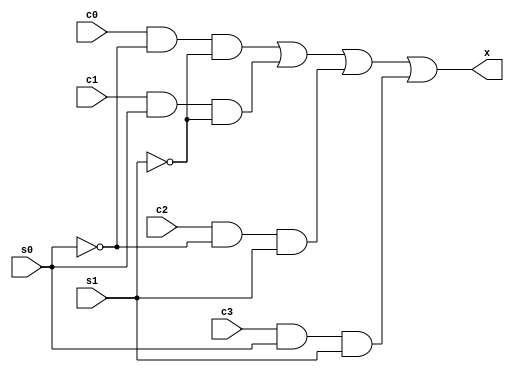
//declare the 4-to-1 multiplexor
module mux4 (
    output x,
    input c0, c1, c2, c3, s0, s1
);

    wire t0, t1, t2, t3;

    and (t0, c0, ~s0, ~s1);
    and (t1, c1, s0, ~s1);
    and (t2, c2, ~s0, s1);
    and (t3, c3, s0, s1);

    or (x, t0, t1, t2, t3);
  

endmodule

module top;
    reg c0, c1, c2, c3;
    reg s0, s1;

    wire out;

    mux4 U1(out, c0, c1, c2, c3, s0, s1);


    initial begin
        c0 = 1;
        c1 = 0;
        c2 = 1;
        c3 = 0;
        #1 $display ("c0 = %b, c1 = %b, c2 = %b, c3 = %b\n", c0, c1, c2, c3);

        s0 = 0;
        s1 = 0;
        #1 $display ("s0 = %b, s1 = %b, out = %b\n",s0, s1, out);

        s0 = 1;
        s1 = 0;
        #1 $display ("s0 = %b, s1 = %b, out = %b\n",s0, s1, out);

        s0 = 0;
        s1 = 1;
        #1 $display ("s0 = %b, s1 = %b, out = %b\n",s0, s1, out);

        s0 = 1;
        s1 = 1;
        #1 $display ("s0 = %b, s1 = %b, out = %b\n",s0, s1, out);

        
    end    
endmodule